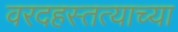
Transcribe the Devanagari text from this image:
वरदहस्तत्याच्या